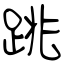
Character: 跳